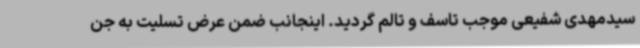
سیدمهدی شفیعی موجب تاسف و تالم گردید. اینجانب ضمن عرض تسلیت به جن